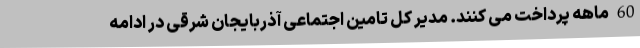
60 ماهه پرداخت می کنند. مدیر کل تامین اجتماعی آذربایجان شرقی در ادامه